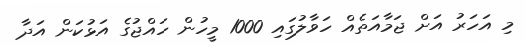
މި އަހަރު އަށް ޖަމާއަތެއް ހަވާލުގައި 1000 މީހުން ހައްޖުގެ އަޅުކަން އަދާ